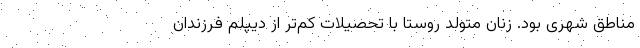
مناطق شهری بود. زنان متولد روستا با تحصیلات کم‌تر از دیپلم فرزندان